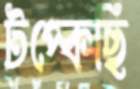
টপ্‌কেছি